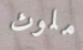
ملوث